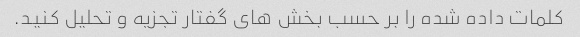
کلمات داده شده را بر حسب بخش های گفتار تجزیه و تحلیل کنید.